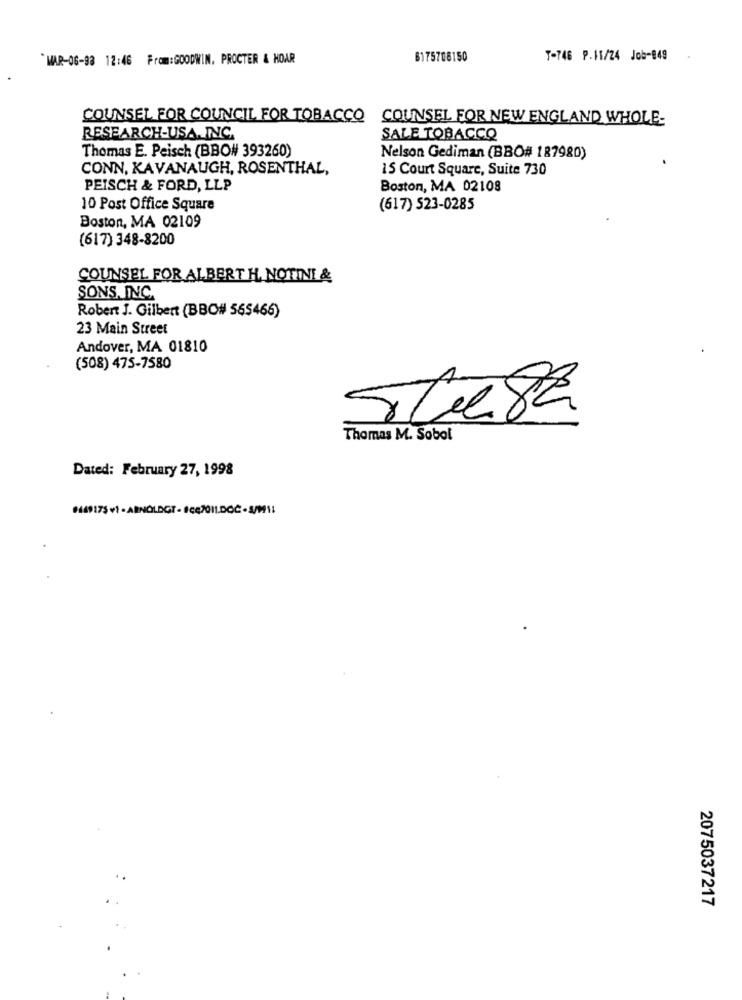
`MAR-06-98 12:46 From:GOODWIN. PROCTER & HOAR
6175708150
T-746 P.11/24 Job-849
COUNSEL FOR COUNCIL FOR TOBACCO COUNSEL FOR NEW ENGLAND WHOLE-
RESEARCH-USA.INC.
SALE TOBACCO
Thomas E. Peisch (BBO# 393260)
Nelson Gediman (BBO# 187980)
CONN, KAVANAUGH, ROSENTHAL,
15 Court Square, Suite 730
PEISCH & FORD, LLP
Boston, MA 02108
10 Post Office Square
(617) 523-0285
Boston, MA 02109
(617) 348-8200
COUNSEL FOR ALBERT H. NOTINI &
SONS, INC.
Robert J. Gilbert (BBC# 565466)
23 Main Street
Andover, MA 01810
(508) 475-7580
Thomas M. Sobol
Dated: February 27, 1998
009175 +1 - ARNOLDGT - ice7011.DOC - S/M1:
2075037217